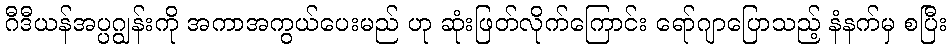
ဂီဒီယန်အပ္ပဂျွန်းကို အကာအကွယ်ပေးမည် ဟု ဆုံးဖြတ်လိုက်ကြောင်း ရော်ဂျာပြောသည့် နံနက်မှ စပြီး